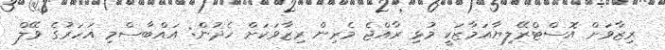
ރިޒާވަށް އޮސްޓްރޭލިޔާއަމާޒަކީ މުޅި ރާއްޖެ މެރިން ރިޒާވަކަށް ހެދުން: އައްބާސްމި އަހަރުގެ ވޭލް